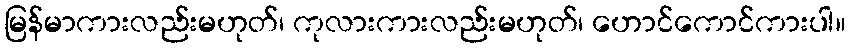
မြန်မာကားလည်းမဟုတ်၊ ကုလားကားလည်းမဟုတ်၊ ဟောင်ကောင်ကားပါ။